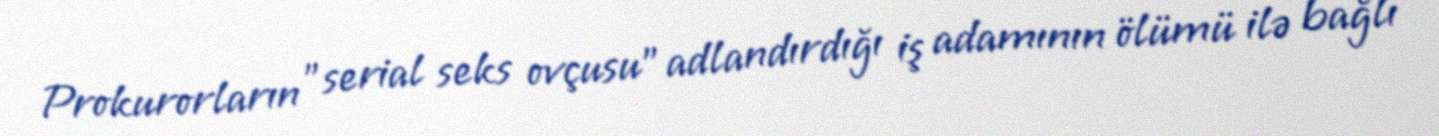
Prokurorların "serial seks ovçusu” adlandırdığı iş adamının ölümü ilə bağlı